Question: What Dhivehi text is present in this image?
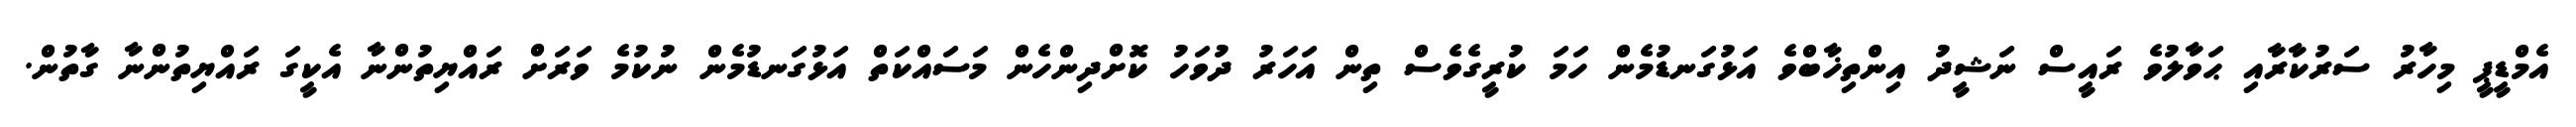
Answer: އެމްޑީޕީ މިހާރު ސަރުކާރާއި ޙަވާލުވެ ރައީސް ނަޝީދު އިންތިޚާބްވެ އަޅުގަނޑުމެން ހަމަ ކުރީގެވެސް ތިން އަހަރު ދުވަހު ކޮށްދިންހެން މަސައްކަތް އަޅުގަނޑުމެން ނުކުމެ ވަރަށް ރައްޔިތުންނާ އެކީގަ ރައްޔިތުންނާ ގާތުން.